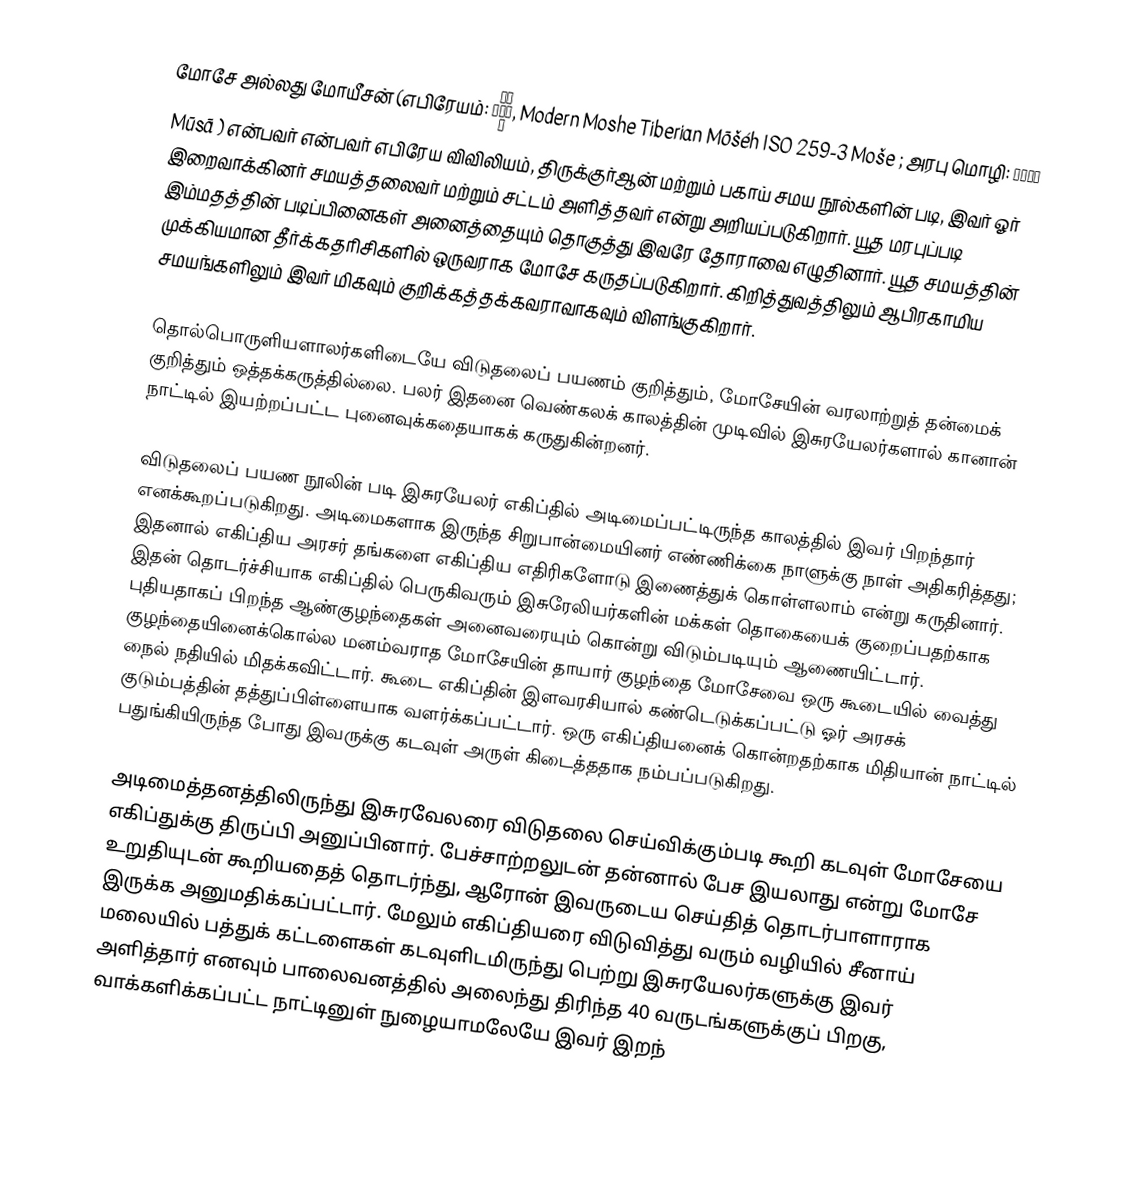
மோசே அல்லது மோயீசன் (எபிரேயம்: מֹשֶׁה, Modern Moshe Tiberian Mōšéh ISO 259-3 Moše ; அரபு மொழி: موسى Mūsā ) என்பவர் என்பவர் எபிரேய விவிலியம், திருக்குர்ஆன் மற்றும் பகாய் சமய நூல்களின் படி, இவர் ஓர் இறைவாக்கினர் சமயத்தலைவர் மற்றும் சட்டம் அளித்தவர் என்று அறியப்படுகிறார். யூத மரபுப்படி இம்மதத்தின் படிப்பினைகள் அனைத்தையும் தொகுத்து   இவரே தோராவை எழுதினார்.  யூத சமயத்தின் முக்கியமான தீர்க்கதரிசிகளில் ஒருவராக மோசே கருதப்படுகிறார். கிறித்துவத்திலும் ஆபிரகாமிய சமயங்களிலும் இவர் மிகவும் குறிக்கத்தக்கவராவாகவும் விளங்குகிறார்.

தொல்பொருளியளாலர்களிடையே விடுதலைப் பயணம் குறித்தும், மோசேயின் வரலாற்றுத் தன்மைக் குறித்தும் ஒத்தக்கருத்தில்லை. பலர் இதனை வெண்கலக் காலத்தின் முடிவில் இசுரயேலர்களால் கானான் நாட்டில் இயற்றப்பட்ட புனைவுக்கதையாகக் கருதுகின்றனர்.

விடுதலைப் பயண நூலின் படி  இசுரயேலர் எகிப்தில் அடிமைப்பட்டிருந்த காலத்தில் இவர் பிறந்தார் எனக்கூறப்படுகிறது. அடிமைகளாக இருந்த சிறுபான்மையினர் எண்ணிக்கை நாளுக்கு நாள் அதிகரித்தது; இதனால் எகிப்திய அரசர் தங்களை   எகிப்திய எதிரிகளோடு இணைத்துக் கொள்ளலாம் என்று கருதினார். இதன் தொடர்ச்சியாக எகிப்தில் பெருகிவரும் இசுரேலியர்களின் மக்கள் தொகையைக் குறைப்பதற்காக புதியதாகப் பிறந்த ஆண்குழந்தைகள் அனைவரையும் கொன்று விடும்படியும் ஆணையிட்டார். குழந்தையினைக்கொல்ல மனம்வராத மோசேயின் தாயார் குழந்தை மோசேவை ஒரு கூடையில் வைத்து  நைல் நதியில் மிதக்கவிட்டார்.  கூடை எகிப்தின் இளவரசியால் கண்டெடுக்கப்பட்டு ஓர் அரசக் குடும்பத்தின் தத்துப்பிள்ளையாக வளர்க்கப்பட்டார். ஒரு எகிப்தியனைக் கொன்றதற்காக மிதியான் நாட்டில் பதுங்கியிருந்த போது இவருக்கு கடவுள் அருள் கிடைத்ததாக நம்பப்படுகிறது.

அடிமைத்தனத்திலிருந்து இசுரவேலரை விடுதலை செய்விக்கும்படி கூறி கடவுள் மோசேயை  எகிப்துக்கு திருப்பி அனுப்பினார். பேச்சாற்றலுடன் தன்னால் பேச இயலாது  என்று மோசே உறுதியுடன் கூறியதைத் தொடர்ந்து, ஆரோன் இவருடைய செய்தித் தொடர்பாளாராக இருக்க அனுமதிக்கப்பட்டார். மேலும் எகிப்தியரை விடுவித்து வரும் வழியில் சீனாய் மலையில் பத்துக் கட்டளைகள் கடவுளிடமிருந்து பெற்று இசுரயேலர்களுக்கு இவர் அளித்தார் எனவும் பாலைவனத்தில் அலைந்து திரிந்த 40 வருடங்களுக்குப் பிறகு, வாக்களிக்கப்பட்ட நாட்டினுள் நுழையாமலேயே இவர் இறந்